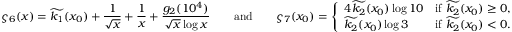
\varsigma _ { 6 } ( x ) = \widetilde { k _ { 1 } } ( x _ { 0 } ) + \frac { 1 } { \sqrt { x } } + \frac { 1 } { x } + \frac { g _ { 2 } ( 1 0 ^ { 4 } ) } { \sqrt { x } \log { x } } \qquad \mathrm { a n d } \qquad \varsigma _ { 7 } ( x _ { 0 } ) = \left\{ \begin{array} { l l } { 4 \widetilde { k _ { 2 } } ( x _ { 0 } ) \log { 1 0 } } & { \mathrm { i f ~ } \widetilde { k _ { 2 } } ( x _ { 0 } ) \geq 0 , } \\ { \widetilde { k _ { 2 } } ( x _ { 0 } ) \log { 3 } } & { \mathrm { i f ~ } \widetilde { k _ { 2 } } ( x _ { 0 } ) < 0 . } \end{array} \right.